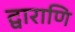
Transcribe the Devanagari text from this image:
द्वाराणि